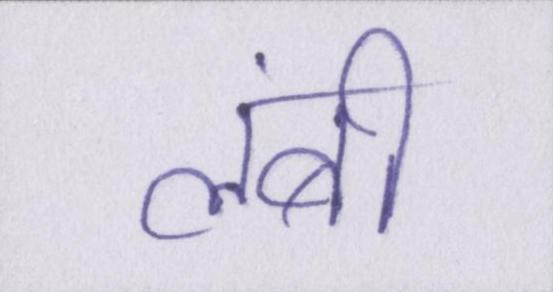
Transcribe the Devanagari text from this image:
लंबी